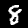
Digit: 8